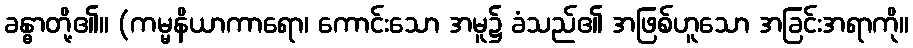
ခန္ဓာတို့၏။ (ကမ္မနိယာကာရော၊ ကောင်းသော အမူ၌ ခံသည်၏ အဖြစ်ဟူသော အခြင်းအရာကို။